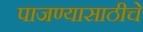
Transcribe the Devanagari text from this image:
पाजण्यासाठीचे